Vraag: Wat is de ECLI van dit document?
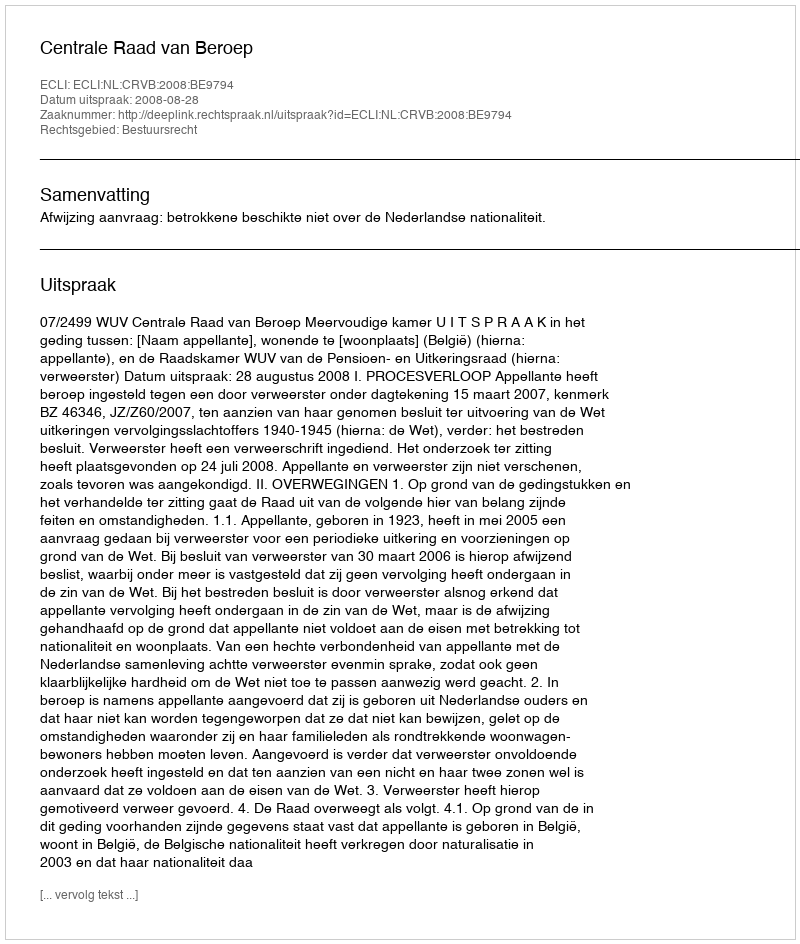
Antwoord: ECLI:NL:CRVB:2008:BE9794